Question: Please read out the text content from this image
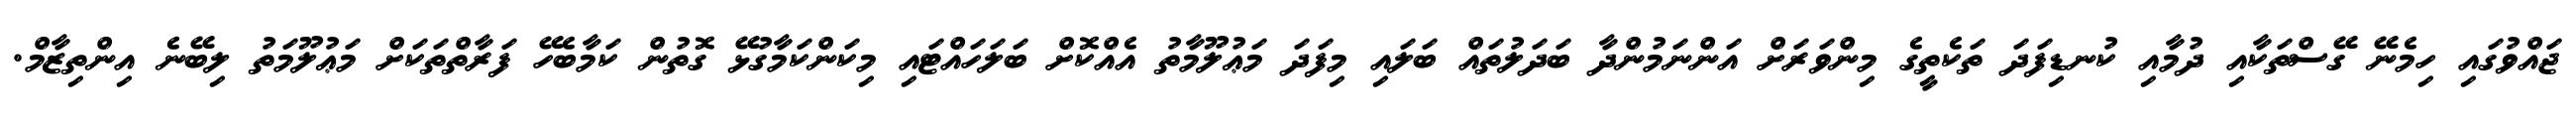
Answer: ޖައްވުގައި ހިމެނޭ ގޭސްތަކާއި ދުމާއި ކުނޑިފަދަ ތަކެތީގެ މިންވަރަށް އަންނަމުންދާ ބަދަލުތައް ބަލައި މިފަދަ މަޢުލޫމާތު އެއްކޮށް ބަލަހައްޓައި މިކަންކަމާގުޅޭ ގޮތުން ކަމާބެހޭ ފަރާތްތަކަށް މަޢުލޫމަތު ލިބޭނެ އިންތިޒާމް.